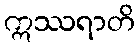
ဣဿရာတိ